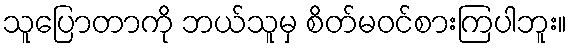
သူပြောတာကို ဘယ်သူမှ စိတ်မဝင်စားကြပါဘူး။